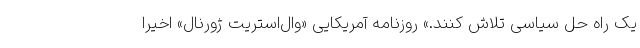
یک راه حل سیاسی تلاش کنند.» روزنامه آمریکایی «وال‌استریت ژورنال» اخیرا